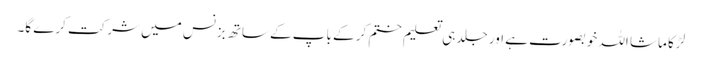
لڑکا ماشا اللہ خوبصورت ہے اور جلد ہی تعلیم ختم کر کے باپ کے ساتھ بزنس میں شرکت کرے گا۔